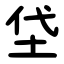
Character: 垈